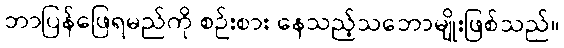
ဘာပြန်ဖြေရမည်ကို စဉ်းစား နေသည့်သဘောမျိုးဖြစ်သည်။